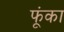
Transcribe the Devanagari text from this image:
फूंका